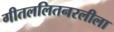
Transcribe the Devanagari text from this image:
गीतललितनरलीला